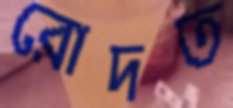
রোদত